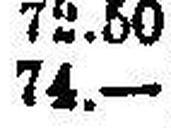
74.—